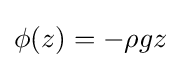
\phi (z)=-\rho gz